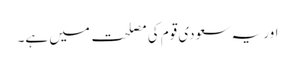
اور یہ سعودی قوم کی مصلحت میں ہے۔